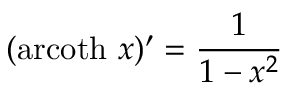
( \operatorname { a r c o t h } \, x ) ^ { \prime } = { \frac { 1 } { 1 - x ^ { 2 } } }